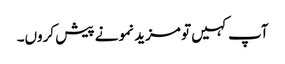
آپ کہیں تو مزید نمونے پیش کروں۔